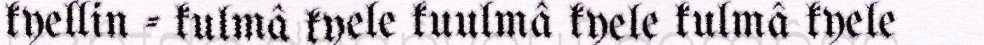
kyellin - kulmâ kyele kuulmâ kyele kulmâ kyele